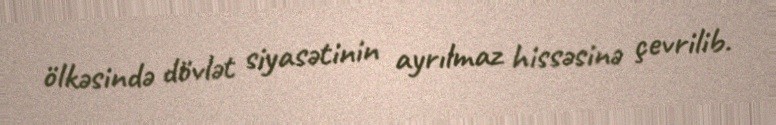
ölkəsində dövlət siyasətinin ayrılmaz hissəsinə çevrilib.